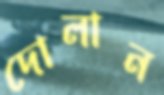
দোলান